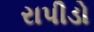
રાપીડો